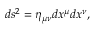
d s ^ { 2 } = \eta _ { \mu \nu } d x ^ { \mu } d x ^ { \nu } ,